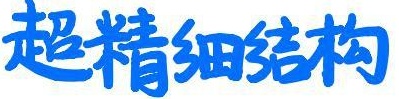
超精细结构